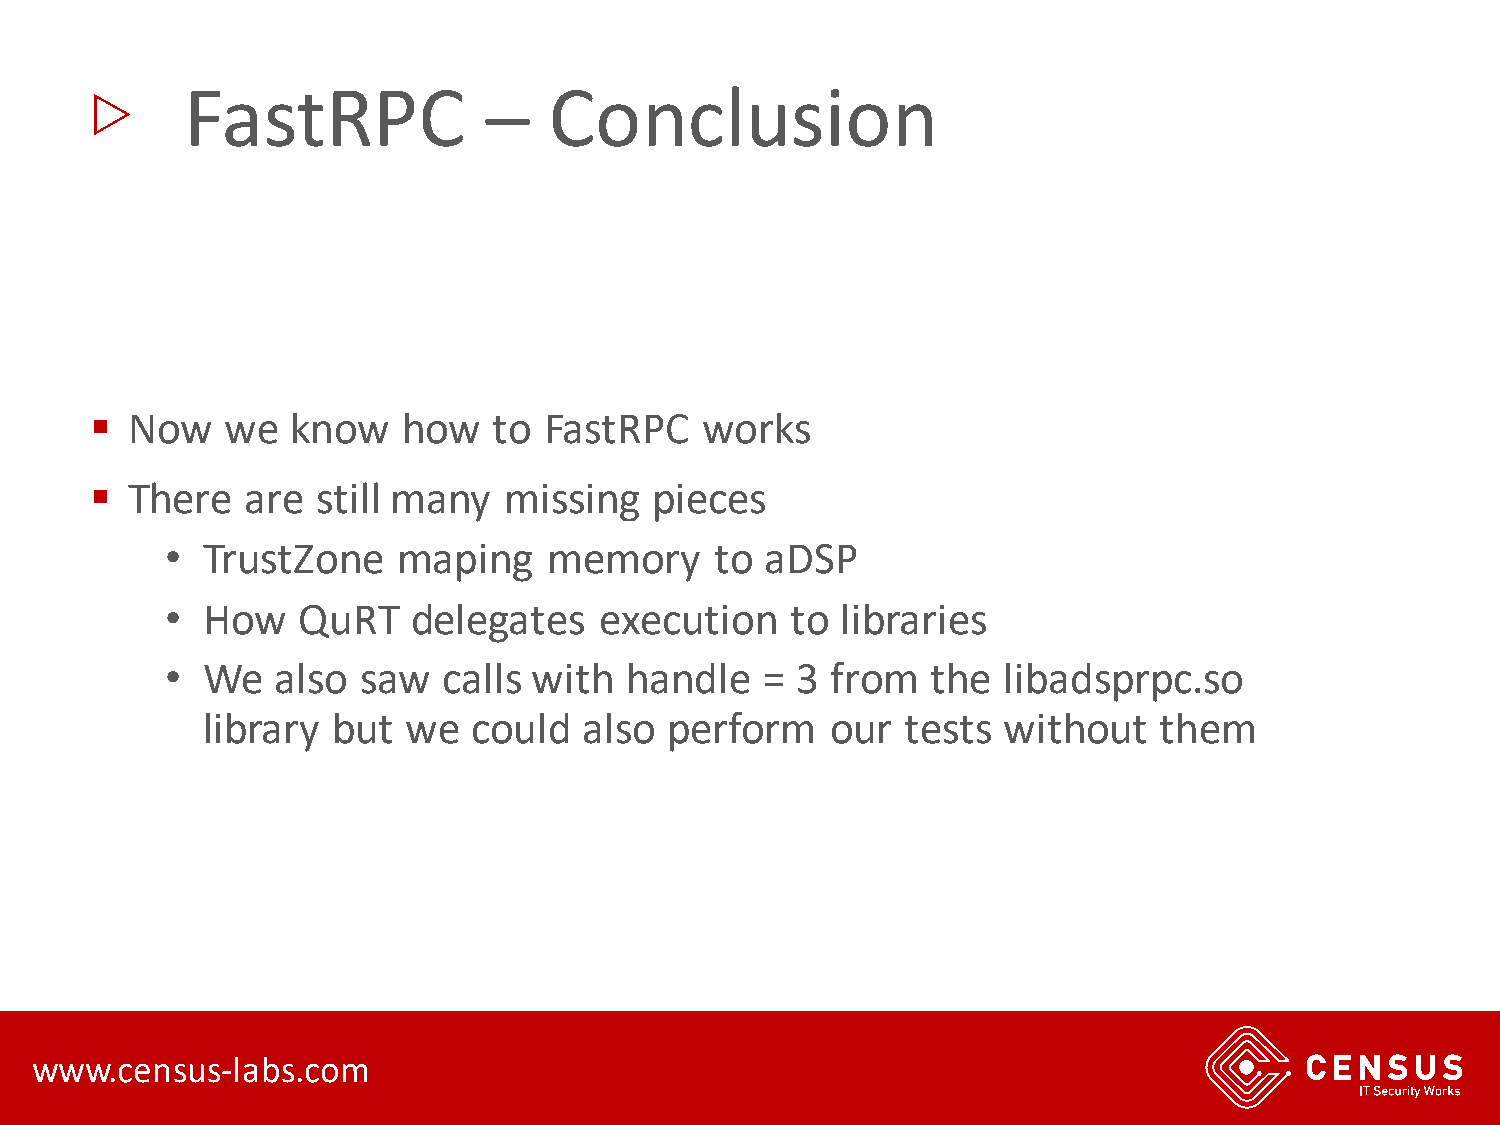
▷
 FastRPC             –   Conclusion
 ▪ Now    we  know    how   to FastRPC   works
 ▪ There   are  still many  missing   pieces
 • TrustZone    maping    memory     to  aDSP
 • How    QuRT   delegates    execution   to  libraries
 • We   also  saw  calls with  handle    = 3 from   the libadsprpc.so
 library  but  we  could   also perform    our  tests without    them
 www.census-labs.com